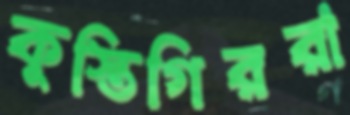
কুস্তিগিররা